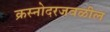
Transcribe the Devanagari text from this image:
क्रस्नोदरजवळील